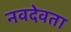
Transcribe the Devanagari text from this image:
नवदेवता